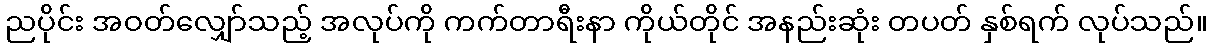
ညပိုင်း အဝတ်လျှော်သည့် အလုပ်ကို ကက်တာရီးနာ ကိုယ်တိုင် အနည်းဆုံး တပတ် နှစ်ရက် လုပ်သည်။